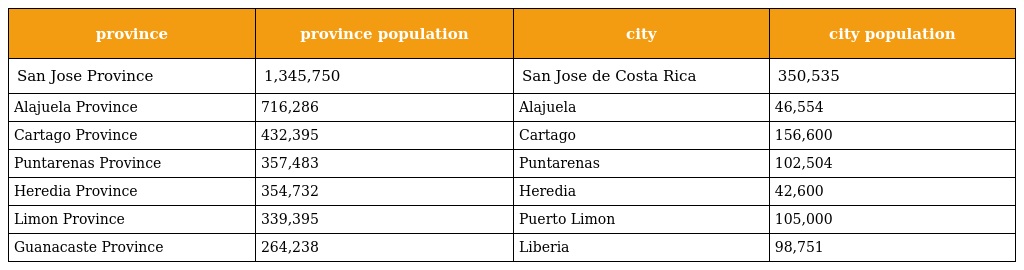
| province | province population | city | city population |
 | --- | --- | --- | --- |
 | San Jose Province | 1,345,750 | San Jose de Costa Rica | 350,535 |
 | Alajuela Province | 716,286 | Alajuela | 46,554 |
 | Cartago Province | 432,395 | Cartago | 156,600 |
 | Puntarenas Province | 357,483 | Puntarenas | 102,504 |
 | Heredia Province | 354,732 | Heredia | 42,600 |
 | Limon Province | 339,395 | Puerto Limon | 105,000 |
 | Guanacaste Province | 264,238 | Liberia | 98,751 |